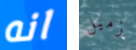
انه زميل